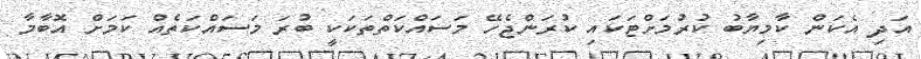
އަދި އެކަން ކާމިޔާބު ކުރުމަށްޓަކައި ކުރަންޖެހޭ މަސައްކަތްތަކަކީ ބުރަ މަސައްކަތެއް ކަމަށް އޮބާމާ